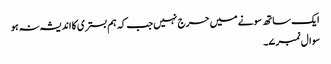
ایک ساتھ سونے میں حرج نہیں جب کہ ہم بستری کا اندیشہ نہ ہو
سوال نمبر ۷۔